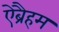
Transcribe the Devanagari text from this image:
ऐब्रैहम